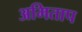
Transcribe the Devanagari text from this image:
अमिताप